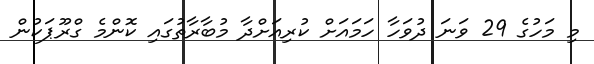
މި މަހުގެ 29 ވަނަ ދުވަހާ ހަމައަށް ކުރިއަށްދާ މުބާރާތުގައި ކޮންމެ ގްރޫޕަކުން